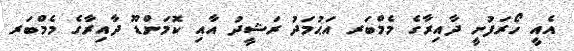
އެއީ ހޯރަފުށީ ދާއިރާގެ މެމްބަރ އަޙުމަދު ރަޝީދު އާއި ކޮމަންޑޫ ދާއިރާގެ މެމްބަރ